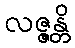
လဇ္ဇန္တိ